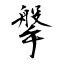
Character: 搫